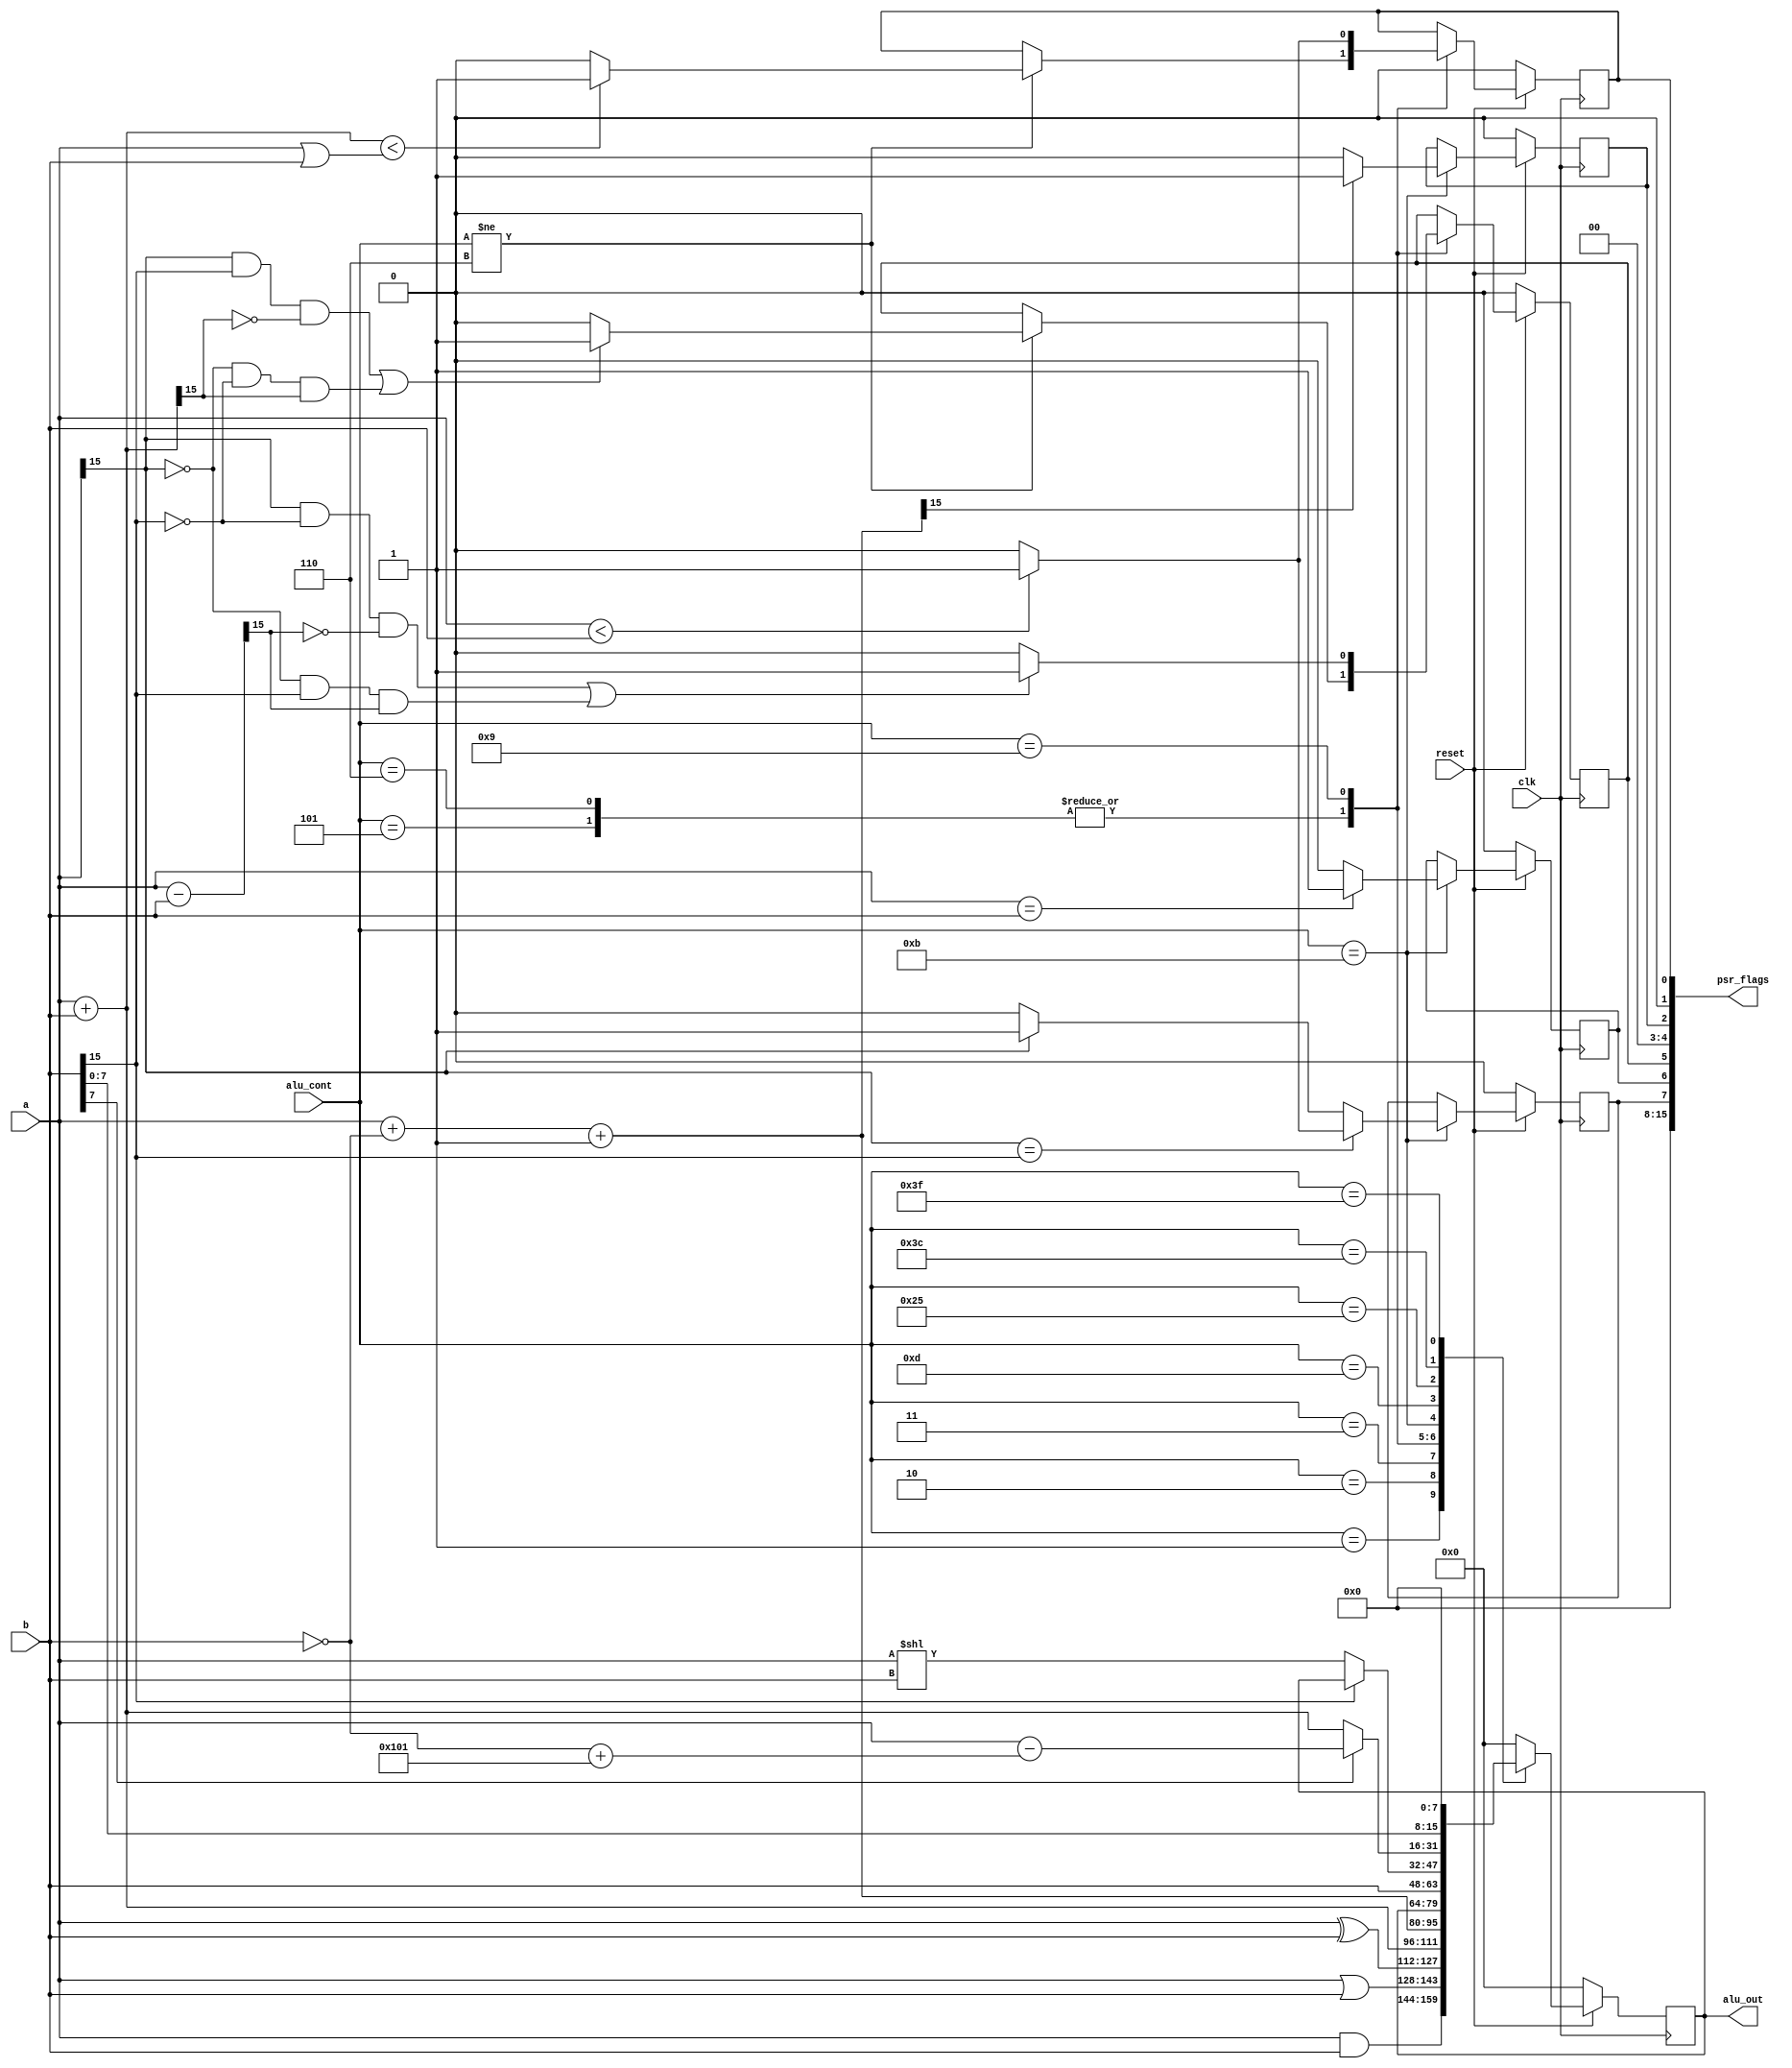
// ALU_CONT_BITS is 6 as of 10/29/2023 because the first two specify which
// category of instruction is being completed, idk if category is the right word
// look at the ISA
// 00 = regular ALU operation
// 01 = not used because the "special" commands don't need to use the ALU
// 10 = shift operations
// 11 = bcond
// the last 4 bits are the op-code as specified in the ISA
// a = Rdest
// b = Rsrc
module alu_rf #(
	parameter WIDTH = 16, 
	parameter ALU_CONT_BITS = 6
	
	) (
	
	input clk,
	input reset,
	input	[WIDTH-1:0] a, 
	input	[WIDTH-1:0] b,
	input	[ALU_CONT_BITS-1:0] alu_cont, 
	
	output reg	[WIDTH-1:0] alu_out, 
	output		[WIDTH-1:0] psr_flags
	);
	
	reg c_flag; 
	reg f_flag; 
	reg l_flag; 
	reg z_flag; 
	reg n_flag;
	
	wire [WIDTH - 1 : 0] sum; 
	wire [WIDTH - 1 : 0] diff; 
	wire [WIDTH - 1 : 0] diff_unsigned;	

	assign psr_flags = {8'b00000000, n_flag, z_flag, f_flag, 2'b00, l_flag, 1'b0, c_flag};
	assign sum = a + b;
	assign diff = a + ~b + 1'b1;
	assign diff_unsigned = a - b;
	
	always @(negedge clk)
		if(~reset) begin
			c_flag <= 0;
			f_flag <= 0;
			l_flag <= 0;
			z_flag <= 0;
			n_flag <= 0;
			alu_out <= 0;
		end
		else begin
			case(alu_cont)
				// AND, 	ANDI
				6'b000001: alu_out <= a & b;
			
				// OR, 	ORI
				6'b000010: alu_out <= a | b;
				
				// XOR,	XORI
				6'b000011: alu_out <= a ^ b; 
			
				// ADDU,	ADDUI
				6'b000110,
				
				// ADD, 	ADDI
				6'b000101: begin	
					alu_out <= sum;
					if(alu_cont != 6'b000110) begin // Don't set flags for ADDU and ADDUI	
						// C flag
						// There was a carry if the sum becomes somehow smaller than a or b
						if(sum < (a || b)) c_flag <= 1;
						else c_flag <= 0;
						// F flag
						// There was an overflow if both a and b were negative and the sum became positive
						// or both a and b were positie and the sum became negative
						if((a[15] == 1 && b[15] == 1 && sum[15] == 0) || (a[15] == 0 && b[15] == 0 && sum[15] == 1)) f_flag <= 1;
						else f_flag <= 0;
					end
				end
				
				// SUB, SUBI
				6'b001001: begin
					alu_out <= diff;
					// C flag
					// If a is smaller than b, we'd get a negative, there was a carry
					if(a < b) c_flag <= 1;
					else c_flag <= 0;
					// F flag
					// Basically the exact same thing as the add instruction f flag
					if((a[15] == 1 && b[15] == 0 && diff_unsigned[15] == 0) || (a[15] == 0 && b[15] == 1 && diff_unsigned[15] == 1)) f_flag <= 1;							
					else f_flag <= 0;
				end
					
				// CMP, CMPI
				6'b001011: begin
					// N flag
					// Assuming both a and b are of the same sign, if a is smaller than b,
					// there will be a negative 
					if(a[15] == b[15]) n_flag <= (a < b ? 1'b1 : 1'b0);
					else if (a[15] == 1) n_flag <= 1;
					else n_flag <= 0;
					// L flag
					// Same as N flag but for unsigned a and b
					if(diff[15] == 1) l_flag <= 1;
					else l_flag <= 0;
					// Z flag
					// If both a and b are the same, set zero flag
					if(a == b) z_flag <= 1;
					else z_flag <= 0;
				end
				
				// MOV, MOVI
				6'b001101: alu_out <= b;
		
				// LSH
				6'b100101: begin
					if(b[15] == 1) alu_out <= a>>(~b+1);
					if(b[15] == 0) alu_out <= a<<b;
					else alu_out <= alu_out;
				end
				
				// LSHI
				//6'b100000:
				
				6'b111100: begin
					if(b [7] == 1'b0) alu_out <= a+b;
					else alu_out <= a - (~b + 9'b100000001);
				end

				// LUI
				6'b111111: alu_out <= b<<8;	
				
				default: alu_out <= 0;
			endcase
		end
endmodule